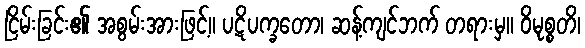
ငြိမ်းခြင်း၏ အစွမ်းအားဖြင့်။ ပဋိပက္ခတော၊ ဆန့်ကျင်ဘက် တရားမှ။ ဝိမုစ္စတိ၊